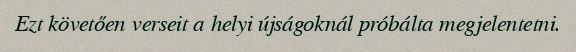
Ezt követően verseit a helyi újságoknál próbálta megjelentetni.